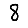
Digit: 8